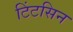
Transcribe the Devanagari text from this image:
टिंटसिन